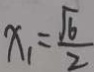
x _ { 1 } = \frac { \sqrt { 6 } } { 2 }